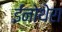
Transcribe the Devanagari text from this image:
ईनोथेरा